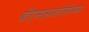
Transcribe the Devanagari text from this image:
बीएसआरटीसीमध्ये